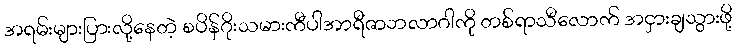
အရမ်းများပြားလို့နေတဲ့ စပိန်ဂိုးသမားကီပါအာရီဇာဘလာဂါကို တစ်ရာသီလောက် အငှားချသွားဖို့